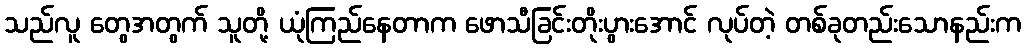
သည်လူ တွေအတွက် သူတို့ ယုံကြည်နေတာက ဖောသီခြင်းတိုးပွားအောင် လုပ်တဲ့ တစ်ခုတည်းသောနည်းက